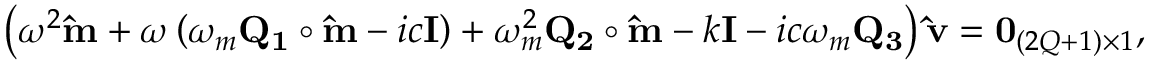
\left( \omega ^ { 2 } \mathbf { \hat { m } } + \omega \left( \omega _ { m } \mathbf { Q _ { 1 } } \circ \mathbf { \hat { m } } - i c \mathbf { I } \right) + \omega _ { m } ^ { 2 } \mathbf { Q _ { 2 } } \circ \mathbf { \hat { m } } - k \mathbf { I } - i c \omega _ { m } \mathbf { Q _ { 3 } } \right) \mathbf { \hat { v } } = \mathbf { 0 } _ { ( 2 Q + 1 ) \times 1 } ,